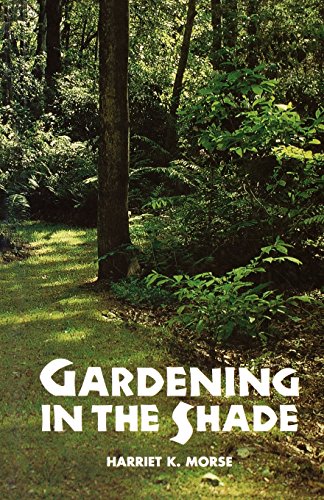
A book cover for Gardening in the Shade; Harriet Morse; Crafts, Hobbies & Home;